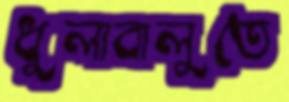
ধুলাবালুতে